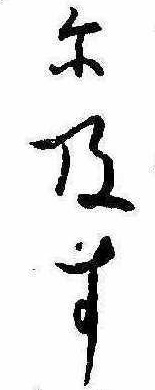
に及す